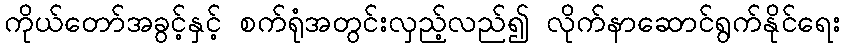
ကိုယ်တော်အခွင့်နှင့် စက်ရုံအတွင်းလှည့်လည်၍ လိုက်နာဆောင်ရွက်နိုင်ရေး